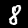
Label: 8